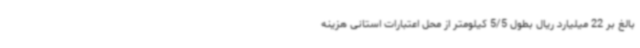
بالغ بر 22 میلیارد ریال بطول 5/5 کیلومتر از محل اعتبارات استانی هزینه